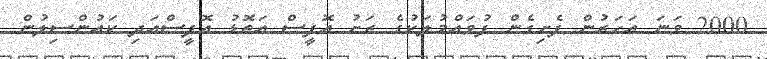
2000 ވަނަ އަހަރުން ފެށިގެން ފުވައްމުލަކުގެ ރަށު އޮފީސް އަތޮޅު އޮފީސްއަދި ކައުންސިލުން